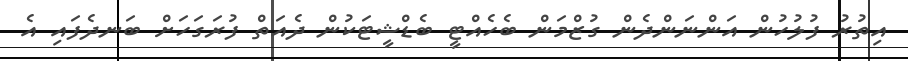
އިތުރު ފުލުހުން އަންނަންދެން ގުޒްމަން ބެހެއްޓީ ބެޑްޝީޓަކުން ދެއަތް ފުރަގަހަށް ބަނދެފައި އެ